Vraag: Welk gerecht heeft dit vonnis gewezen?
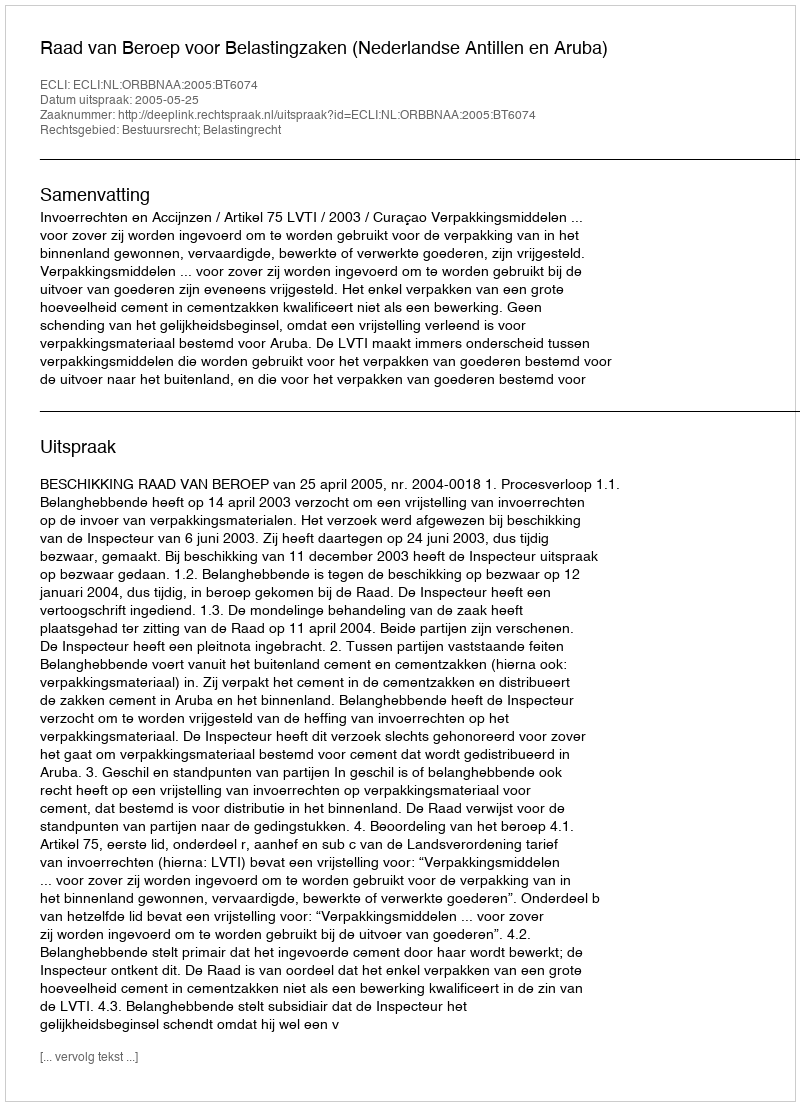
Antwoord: Raad van Beroep voor Belastingzaken (Nederlandse Antillen en Aruba)